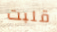
قلبت